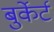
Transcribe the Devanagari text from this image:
बुर्केर्ट